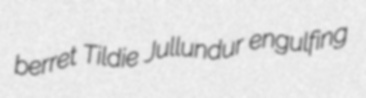
berret Tildie Jullundur engulfing